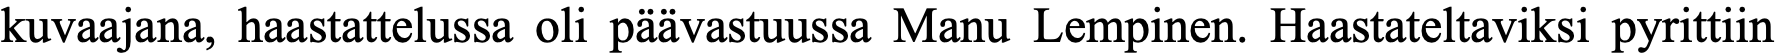
kuvaajana, haastattelussa oli päävastuussa Manu Lempinen. Haastateltaviksi pyrittiin